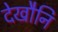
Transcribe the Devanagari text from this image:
देखौनि